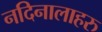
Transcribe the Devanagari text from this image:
नदिनालाहरु